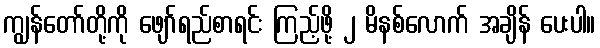
ကျွန်တော်တို့ကို ဖျော်ရည်စာရင်း ကြည့်ဖို့ ၂ မိနစ်လောက် အချိန် ပေးပါ။